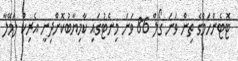
ޓޮޓެންހަމްގެ ތިން ވަނަ ގޯލް 86 ވަނަ މިނެޓުގައި ކާމިޔާބުކޮށްދިނީ އެރިކް ލަމޭލާ